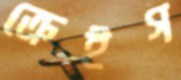
ক্রেইগ